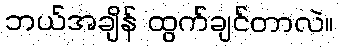
ဘယ်အချိန် ထွက်ချင်တာလဲ။